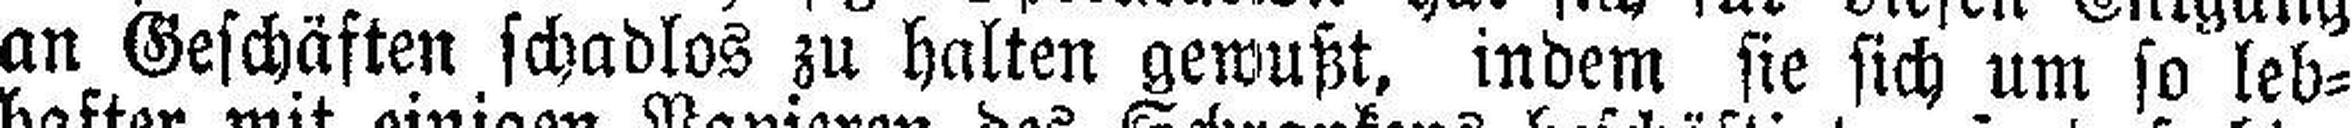
an Geschäften schadlos zu halten gewußt, indem sie sich um so leb¬